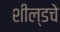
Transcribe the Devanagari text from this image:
शील्डचे